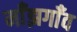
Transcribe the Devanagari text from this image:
माँझगाँव